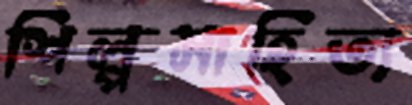
শিল্পসাহিত্য